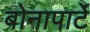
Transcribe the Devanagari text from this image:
बोनापार्टे